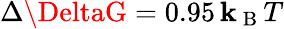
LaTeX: {\Delta\DeltaG=0.95\, \mathbf{k}_{\mathrm{{~B~}}}T}